Civil Veterinary Dept. Assam report 1927-50 - 1927-1950
Year: 1927
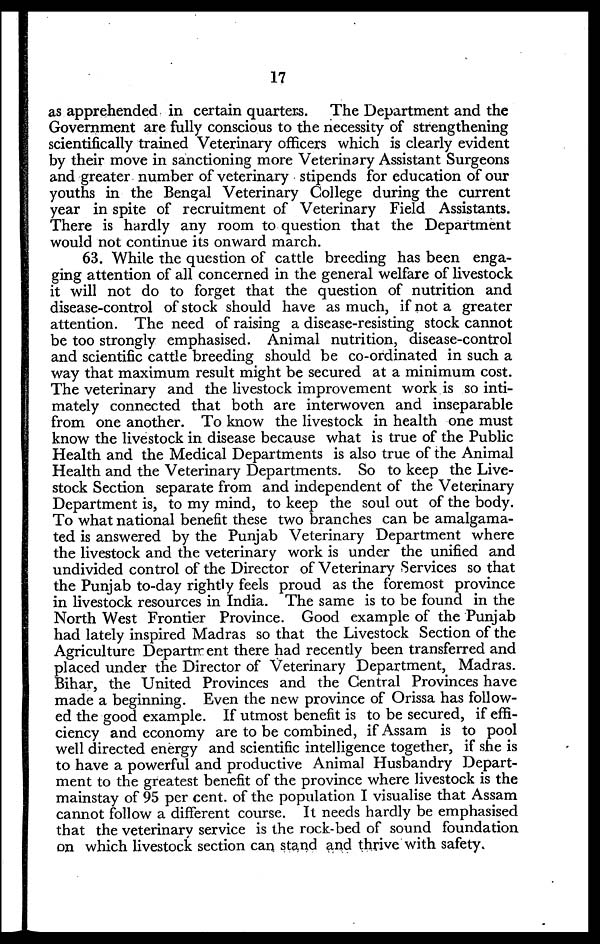
17
as apprehended in certain quarters. The Department and the
Government are fully conscious to the necessity of strengthening
scientifically trained Veterinary officers which is clearly evident
by their move in sanctioning more Veterinary Assistant Surgeons
and greater number of veterinary stipends for education of our
youths in the Bengal Veterinary College during the current
year in spite of recruitment of Veterinary Field Assistants.
There is hardly any room to question that the Department
would not continue its onward march.
63. While the question of cattle breeding has been enga-
ging attention of all concerned in the general welfare of livestock
it will not do to forget that the question of nutrition and
disease-control of stock should have as much, if not a greater
attention. The need of raising a disease-resisting stock cannot
be too strongly emphasised. Animal nutrition, disease-control
and scientific cattle breeding should be co-ordinated in such a
way that maximum result might be secured at a minimum cost.
The veterinary and the livestock improvement work is so inti-
mately connected that both are interwoven and inseparable
from one another. To know the livestock in health one must
know the livestock in disease because what is true of the Public
Health and the Medical Departments is also true of the Animal
Health and the Veterinary Departments. So to keep the Live-
stock Section separate from and independent of the Veterinary
Department is, to my mind, to keep the soul out of the body.
To what national benefit these two branches can be amalgama-
ted is answered by the Punjab Veterinary Department where
the livestock and the veterinary work is under the unified and
undivided control of the Director of Veterinary Services so that
the Punjab to-day rightly feels proud as the foremost province
in livestock resources in India. The same is to be found in the
North West Frontier Province. Good example of the Punjab
had lately inspired Madras so that the Livestock Section of the
Agriculture Department there had recently been transferred and
placed under the Director of Veterinary Department, Madras.
Bihar, the United Provinces and the Central Provinces have
made a beginning. Even the new province of Orissa has follow-
ed the good example. If utmost benefit is to be secured, if effi-
ciency and economy are to be combined, if Assam is to pool
well directed energy and scientific intelligence together, if she is
to have a powerful and productive Animal Husbandry Depart-
ment to the greatest benefit of the province where livestock is the
mainstay of 95 per cent. of the population I visualise that Assam
cannot follow a different course. It needs hardly be emphasised
that the veterinary service is the rock-bed of sound foundation
on which livestock section can stand and thrive with safety.